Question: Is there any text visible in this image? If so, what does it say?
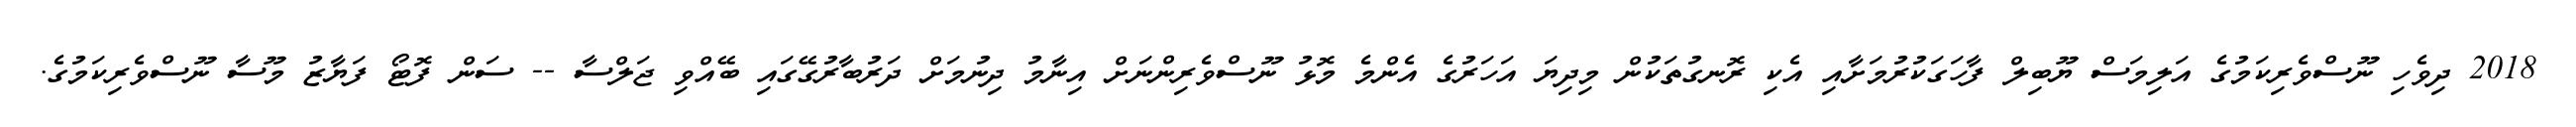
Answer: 2018 ދިވެހި ނޫސްވެރިކަމުގެ އަލިމަސް ޔޫބިލް ފާހަގަކުރުމަށާއި އެކި ރޮނގުތަކުން މިދިޔަ އަހަރުގެ އެންމެ މޮޅު ނޫސްވެރިންނަށް އިނާމު ދިނުމަށް ދަރުބާރުގޭގައި ބޭއްވި ޖަލްސާ -- ސަން ފޮޓޯ ފަޔާޒު މޫސާ ނޫސްވެރިކަމުގެ.